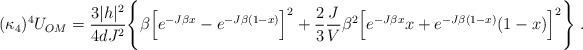
\begin{align*}(\kappa_4)^4 U_{OM} = \frac{3|h|^2}{4 d J^2} \Bigg\{ \beta \Big[ e^{-J\beta x}-e^{-J\beta(1-x)} \Big]^2 +\frac{2}{3}\frac{J}{V}\beta^2 \Big[ e^{-J\beta x} x + e^{-J\beta(1-x)} (1-x) \Big]^2 \Bigg\} \; . \end{align*}